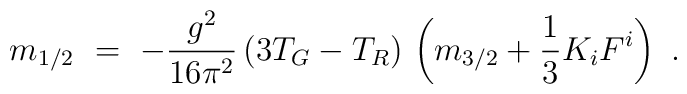
m_{1/2}\  = \ - {g^2 \over 16 \pi^2}\,(3 T_G - T_R)\, \left( m_{3/2} +{1 \over 3} K_i F^i \right)~.